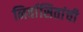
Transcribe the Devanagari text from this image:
निर्वासितांची